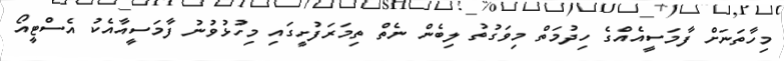
މިހާތަނަށް ފާމަސީއެއްގެ ހިދުމަތް މިވަގުތު ލިބެން ނެތް ތިމަރަފުށީގައި މިހުޅުވުނު ފާމަސީއާއެކު އެސްޓީއޯ